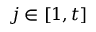
j \in [ 1 , t ]